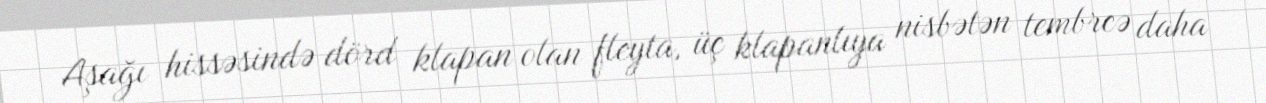
Aşağı hissəsində dörd klapan olan fleyta, üç klapanlıya nisbətən tembrcə daha